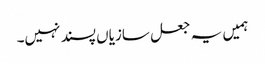
ہمیں یہ جعل سازیاں پسند نہیں۔